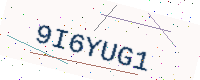
Text: 9I6YUG1